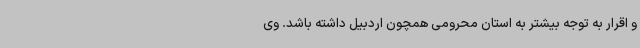
و اقرار به توجه بیشتر به استان محرومی همچون اردبیل داشته باشد. وی